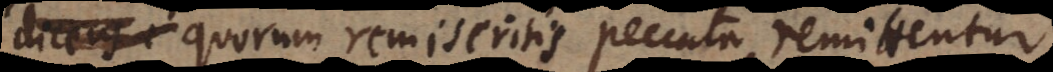
quorum remiseritis peccata remittentur